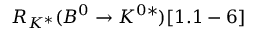
R _ { K ^ { * } } ( B ^ { 0 } \to K ^ { 0 * } ) [ 1 . 1 - 6 ]